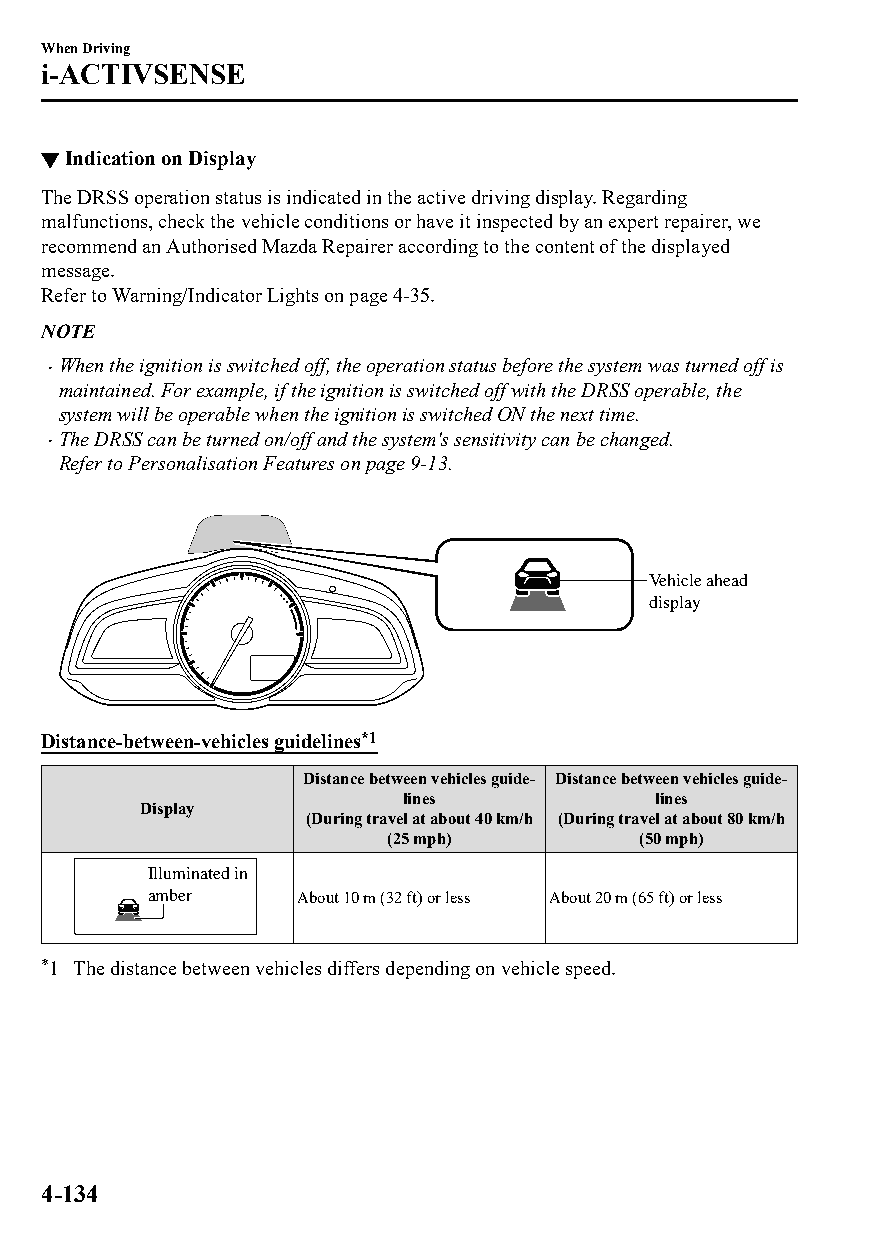
When Driving
 i-ACTIVSENSE
 ▼Indication on Display
 The DRSS operation status is indicated in the active driving display. Regarding
 malfunctions, check the vehicle conditions or have it inspected by an expert repairer, we
 recommend an Authorised Mazda Repairer according to the content of the displayed
 message.
 Refer to Warning/Indicator Lights on page 4-35.
 NOTE
 When the ignition is switched off, the operation status before the system was turned off is
 
 maintained. For example, if the ignition is switched off with the DRSS operable, the
 system will be operable when the ignition is switched ON the next time.
 The DRSS can be turned on/off and the system's sensitivity can be changed.
 
 Refer to Personalisation Features on page 9-13.
 Vehicle ahead
 display
 Distance-between-vehicles guidelines*1
 Distance between vehicles guide‐ Distance between vehicles guide‐
 lines            lines
 Display
 (During travel at about 40 km/h (During travel at about 80 km/h
 (25 mph)         (50 mph)
 Illuminated in
 amber    About 10 m (32 ft) or less About 20 m (65 ft) or less
 *1 The distance between vehicles differs depending on vehicle speed.
 4-134
 CX-3_8GT4-EE-18D_Edition4                  2018-9-6 18:32:19